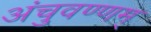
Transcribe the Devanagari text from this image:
अंचुवण्णम्